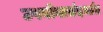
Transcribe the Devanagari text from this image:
उपयोगासंदर्भात